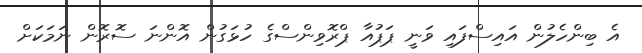
އެ ބިންހެލުން އައިސްފައި ވަނީ ޕަޕުއާ ޕްރޮވިންސްގެ ހުޅަގުން އޮންނަ ސޮރޮން ނަމަކަށް